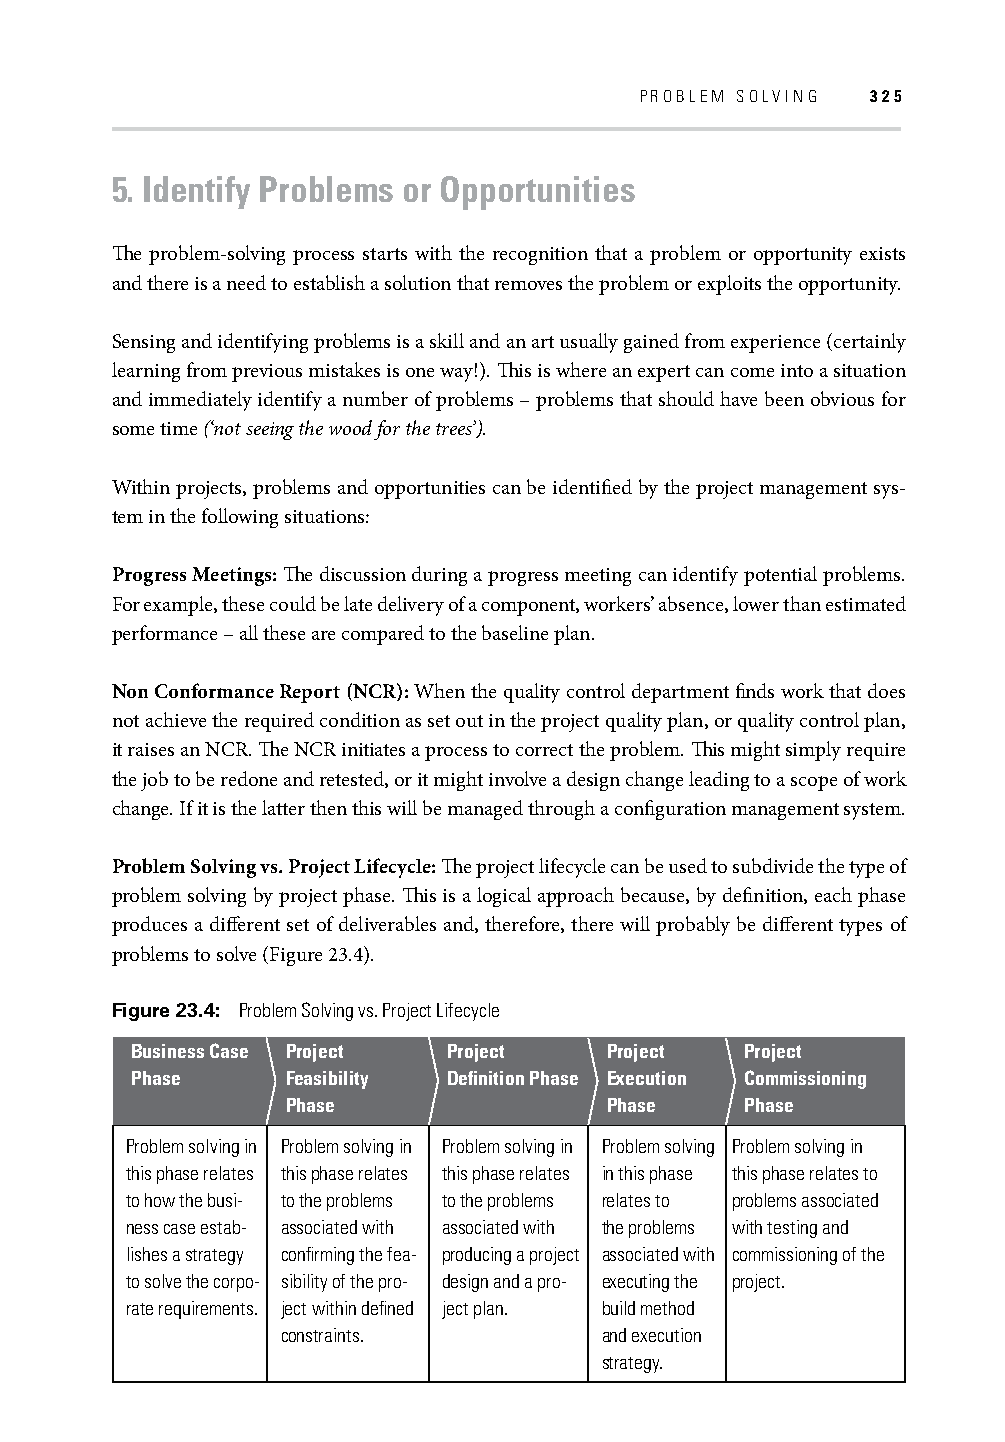
PROBLEM SOLVING 325
 5. Identify Problems or Opportunities
 Th e problem-solving process starts with the recognition that a problem or opportunity exists
 and there is a need to establish a solution that removes the problem or exploits the opportunity.
 Sensing and identifying problems is a skill and an art usually gained from experience (certainly
 learning from previous mistakes is one way!). Th is is where an expert can come into a situation
 and immediately identify a number of problems – problems that should have been obvious for
 some time (‘not seeing the wood for the trees’).
 Within projects, problems and opportunities can be identifi ed by the project management sys-
 tem in the following situations:
 Progress Meetings: Th e discussion during a progress meeting can identify potential problems.
 For example, these could be late delivery of a component, workers’ absence, lower than estimated
 performance – all these are compared to the baseline plan.
 Non Conformance Report (NCR): When the quality control department fi nds work that does
 not achieve the required condition as set out in the project quality plan, or quality control plan,
 it raises an NCR. Th e NCR initiates a process to correct the problem. Th is might simply require
 the job to be redone and retested, or it might involve a design change leading to a scope of work
 change. If it is the latter then this will be managed through a confi guration management system.
 Problem Solving vs. Project Lifecycle: Th e project lifecycle can be used to subdivide the type of
 problem solving by project phase. Th is is a logical approach because, by defi nition, each phase
 produces a diff erent set of deliverables and, therefore, there will probably be diff erent types of
 problems to solve (Figure 23.4).
 Figure 23.4: Problem Solving vs. Project Lifecycle
 Business Case Project Project  Project  Project
 Phase     Feasibility Defi nition Phase Execution Commissioning
 Phase                Phase    Phase
 Problem solving in Problem solving in Problem solving in Problem solving Problem solving in
 this phase relates this phase relates this phase relates in this phase this phase relates to
 to how the busi- to the problems to the problems relates to problems associated
 ness case estab- associated with associated with the problems with testing and
 lishes a strategy confi rming the fea- producing a project associated with commissioning of the
 to solve the corpo- sibility of the pro- design and a pro- executing the project.
 rate requirements. ject within defi ned ject plan. build method
 constraints.         and execution
 strategy.